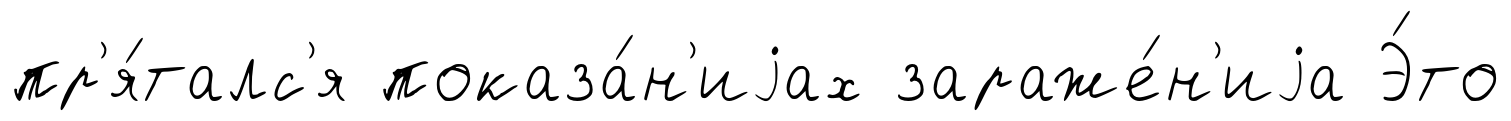
пр'я́талс'я показа́н'иjах зараже́н'иjа Э́то